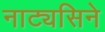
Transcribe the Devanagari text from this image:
नाट्यसिने